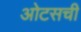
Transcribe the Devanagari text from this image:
ओटसची